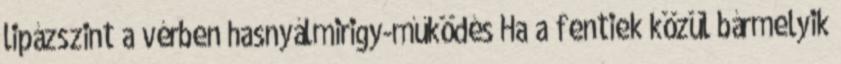
lipázszint a vérben hasnyálmirigy-működés Ha a fentiek közül bármelyik